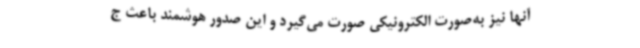
آنها نیز به‌صورت الکترونیکی صورت می‌گیرد و این صدور هوشمند باعث ج